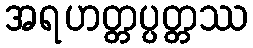
အရဟတ္တပ္ပတ္တဿ